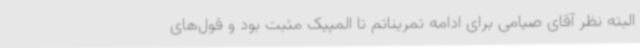
البته نظر آقای صیامی برای ادامه تمریناتم تا المپیک مثبت بود و قول‌های